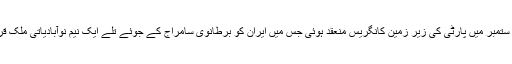
اگلے سال ستمبر میں پارٹی کی زیر زمین کانگریس منعقد ہوئی جس میں ایران کو برطانوی سامراج کے جوئے تلے ایک نیم نوآبادیاتی ملک قرار دیاگیا۔